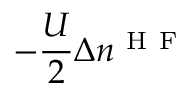
- \frac { U } { 2 } \Delta n ^ { \mathrm { ~ H ~ F ~ } }